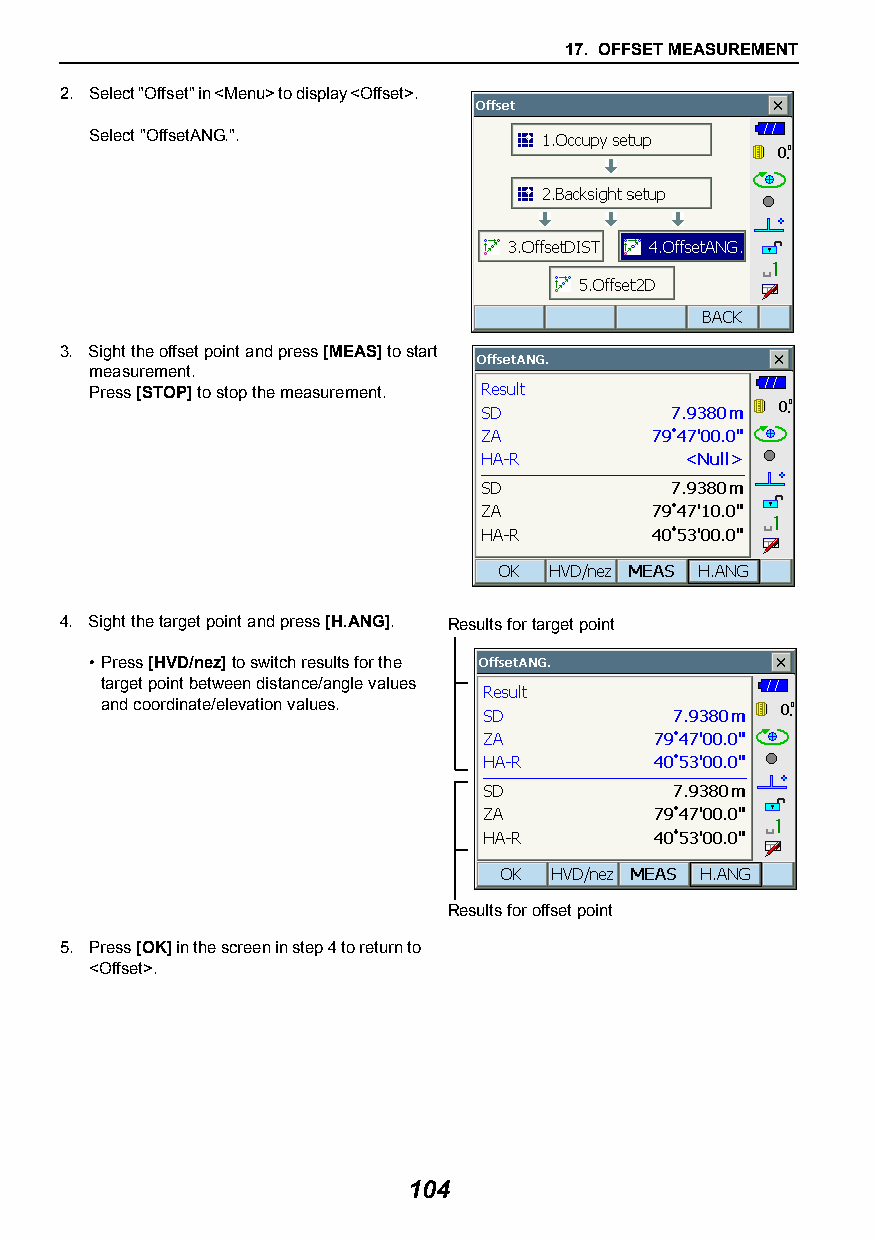
17. OFFSET MEASUREMENT
 2. Select "Offset" in <Menu> to display <Offset>.
 Select "OffsetANG.".
 3. Sight the offset point and press [MEAS] to start
 measurement.
 Press [STOP] to stop the measurement.
 4. Sight the target point and press [H.ANG]. Results for target point
 •Press [HVD/nez] to switch results for the
 target point between distance/angle values
 and coordinate/elevation values.
 Results for offset point
 5. Press [OK] in the screen in step 4 to return to
 <Offset>.
 104